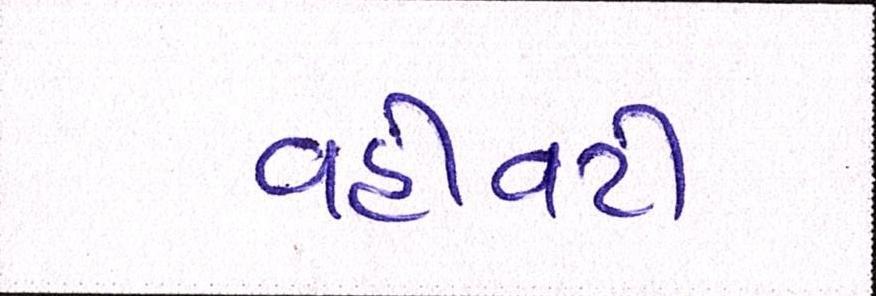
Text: વહીવટી